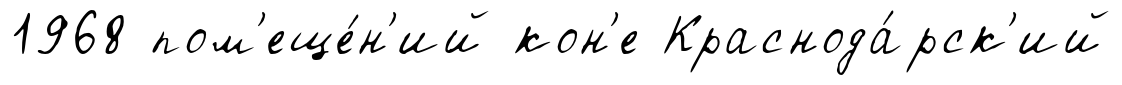
1968 пом'еще́н'ий кон'е Краснода́рск'ий